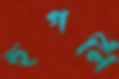
হুগলি